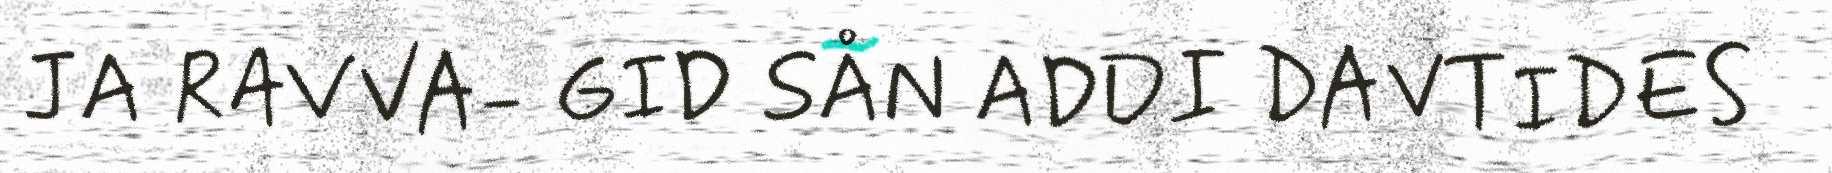
JA RAVVA- GID SÅN ADDI DAVTIDES